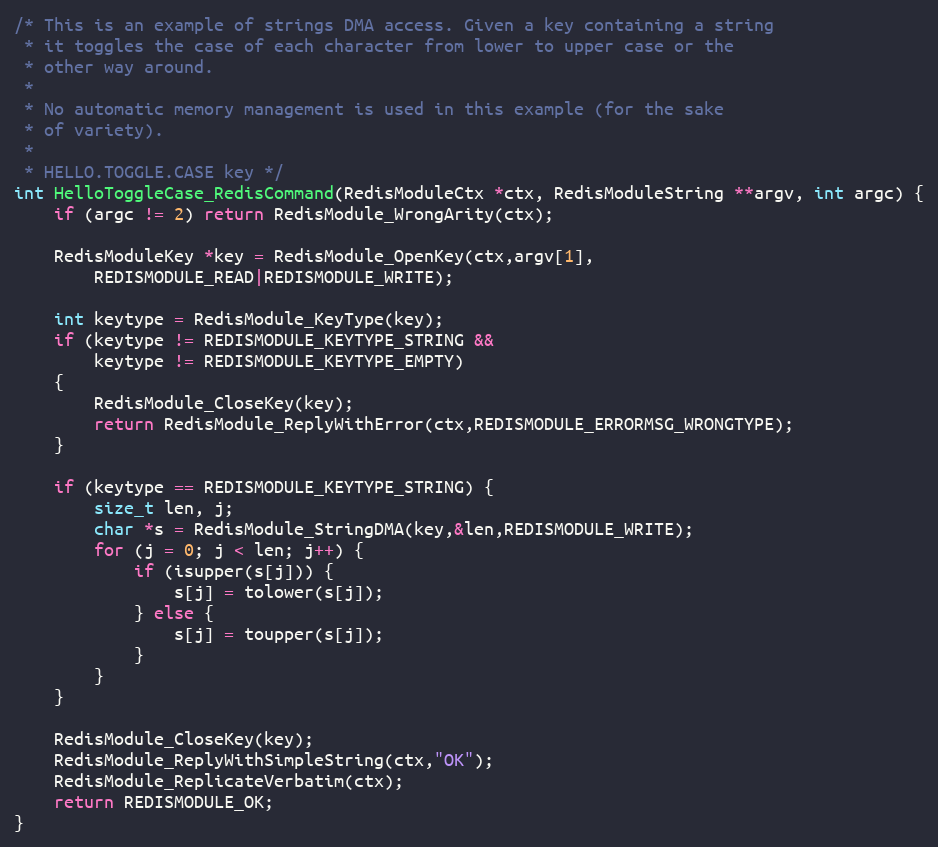
Language: C
/* This is an example of strings DMA access. Given a key containing a string
 * it toggles the case of each character from lower to upper case or the
 * other way around.
 *
 * No automatic memory management is used in this example (for the sake
 * of variety).
 *
 * HELLO.TOGGLE.CASE key */
int HelloToggleCase_RedisCommand(RedisModuleCtx *ctx, RedisModuleString **argv, int argc) {
    if (argc != 2) return RedisModule_WrongArity(ctx);

    RedisModuleKey *key = RedisModule_OpenKey(ctx,argv[1],
        REDISMODULE_READ|REDISMODULE_WRITE);

    int keytype = RedisModule_KeyType(key);
    if (keytype != REDISMODULE_KEYTYPE_STRING &&
        keytype != REDISMODULE_KEYTYPE_EMPTY)
    {
        RedisModule_CloseKey(key);
        return RedisModule_ReplyWithError(ctx,REDISMODULE_ERRORMSG_WRONGTYPE);
    }

    if (keytype == REDISMODULE_KEYTYPE_STRING) {
        size_t len, j;
        char *s = RedisModule_StringDMA(key,&len,REDISMODULE_WRITE);
        for (j = 0; j < len; j++) {
            if (isupper(s[j])) {
                s[j] = tolower(s[j]);
            } else {
                s[j] = toupper(s[j]);
            }
        }
    }

    RedisModule_CloseKey(key);
    RedisModule_ReplyWithSimpleString(ctx,"OK");
    RedisModule_ReplicateVerbatim(ctx);
    return REDISMODULE_OK;
}